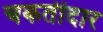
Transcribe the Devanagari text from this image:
चकतीदार